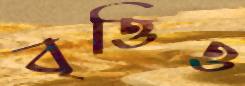
বৃত্তিও